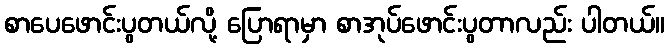
စာပေဖောင်းပွတယ်လို့ ပြောရာမှာ စာအုပ်ဖောင်းပွတာလည်း ပါတယ်။